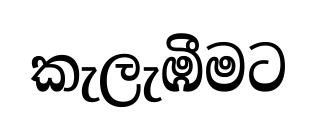
කැලැඹීමට